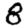
Digit: 8